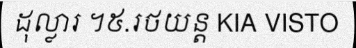
ដុល្លារ ។៥.រថយន្ត KIA VISTO